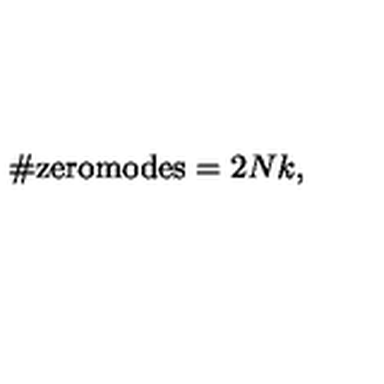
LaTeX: \# \mathrm { z e r o m o d e s } = 2 N k ,